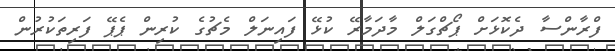
ފްރާންސާ ދެކޮޅަށް ޕޯޗްގަލް މާދަމާރޭ ކުޅޭ ފައިނަލް މެޗުގެ ކުރިން ޕެޕޭ ފަރިތަކުރުން